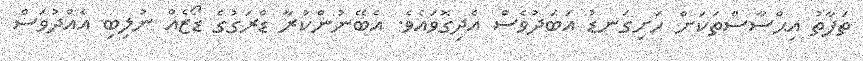
ތަފާތު އިޙްސާސްތަކަށް ހަށިގަނޑު އަބަދުވެސް އެދިގޮވައެވެ. އެބޭނުންކުރާ ޑްރަގުގެ ޑޯޒެއް ނުލިބި އެއްދުވަސް